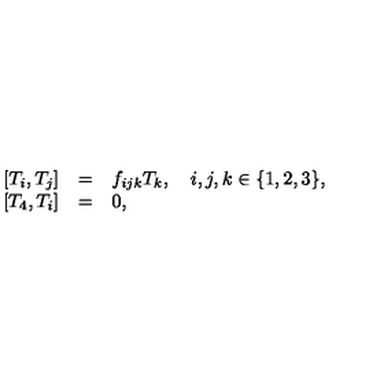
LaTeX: \begin{array} { r c l } { [ T _ { i } , T _ { j } ] } & { = } & { f _ { i j k } T _ { k } , \quad i , j , k \in \{ 1 , 2 , 3 \} , } \\ { [ T _ { 4 } , T _ { i } ] } & { = } & { 0 , } \\ \end{array}